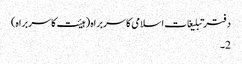
دفتر تبلیغات اسلامی کا سربراہ (ہیئت کا سربراہ)
2۔